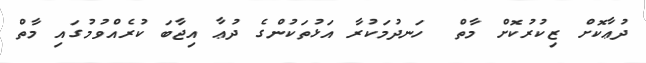
ދުޢާކޮށް ޒިކުރުކޮށް މާތް  ހަނދުމަކުރާ އަޅުތަކުންގެ ދުޢާ އިޖާބަ ކުރެއްވުމުގައި މާތް